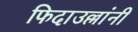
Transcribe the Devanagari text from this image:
फिदाउल्लांनी